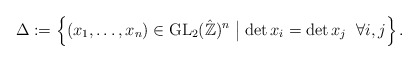
\begin{align*}\Delta:=\left\{ (x_1,\ldots,x_n) \in \operatorname{GL}_2(\hat{\mathbb{Z}})^n \bigm\vert \det x_i = \det x_j \;\; \forall i,j \right\}.\end{align*}